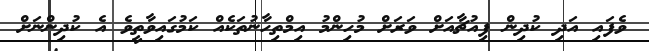
ވެފައި އަދި ކުދިން ފިއުޗާއަށް ވަރަށް މުހިންމު އިމްތިހާނުތަކެއް ކަމުގައިވާތީވެ އެ ކުދިންނަށް